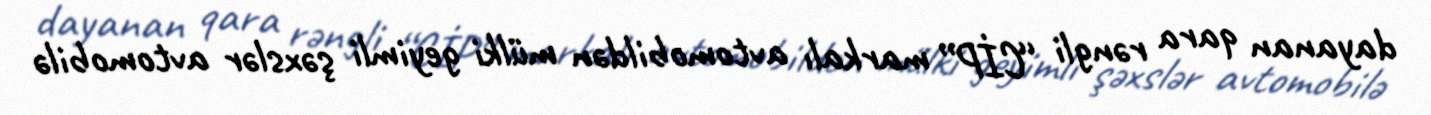
dayanan qara rəngli “CİP” markalı avtomobildən mülki geyimli şəxslər avtomobilə